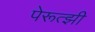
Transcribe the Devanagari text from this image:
पेरूत्झी